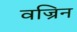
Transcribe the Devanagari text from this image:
वज्रिन